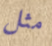
مثل